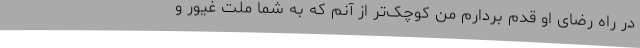
در راه رضای او قدم بردارم من کوچک‌تر از آنم که به شما ملت غیور و